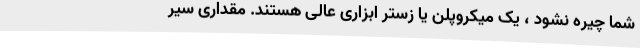
شما چیره نشود ، یک میکروپلن یا زستر ابزاری عالی هستند. مقداری سیر